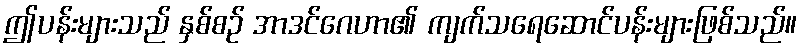
ဤပန်းများသည် နှစ်စဉ် အာဒင်ဂေဟာ၏ ကျက်သရေဆောင်ပန်းများဖြစ်သည်။